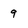
Character: q